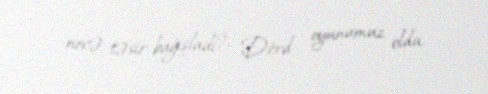
necə təsir bağışladı?- Dörd oyunumuz oldu.